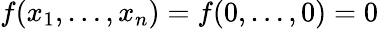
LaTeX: f(x_{1},\dots,x_{n})=f(0,\dots,0)=0